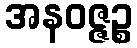
အနဝဇ္ဇဉ္စ